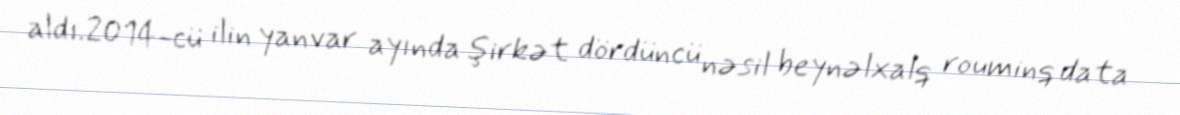
aldı.2014-cü ilin yanvar ayında şirkət dördüncü nəsil beynəlxalq rouminq data